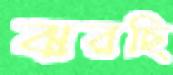
ঝরছি